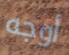
أوجه